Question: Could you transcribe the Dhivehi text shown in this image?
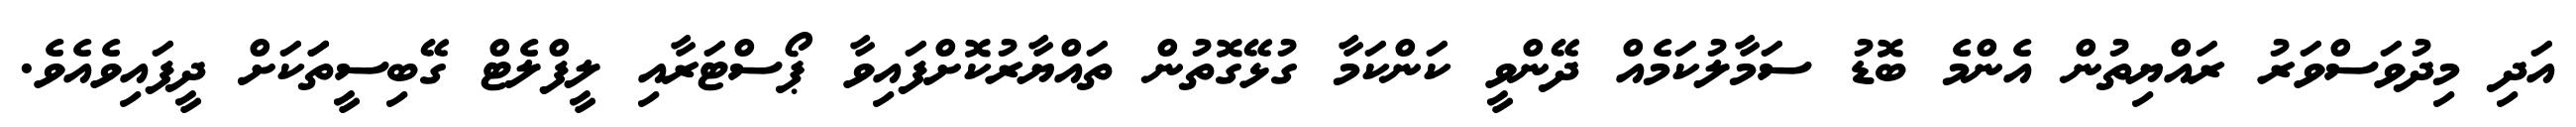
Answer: އަދި މިދުވަސްވަރު ރައްޔިތުން އެންމެ ބޮޑު ސަމާލުކަމެއް ދޭންވީ ކަންކަމާ ގުޅޭގޮތުން ތައްޔާރުކޮށްފައިވާ ޕޯސްޓަރާއި ލީފްލެޓް ގޭބިސީތަަކަށް ދީފައިވެއެވެ.